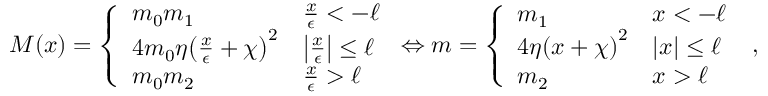
M ( x ) = \left\{ \begin{array} { l l } { m _ { 0 } m _ { 1 } } & { \frac { x } { \epsilon } < - \ell } \\ { 4 m _ { 0 } \eta { \left( \frac { x } { \epsilon } + \chi \right) } ^ { 2 } } & { \left| \frac { x } { \epsilon } \right| \leq \ell } \\ { m _ { 0 } m _ { 2 } } & { \frac { x } { \epsilon } > \ell } \end{array} \right. \Leftrightarrow m = \left\{ \begin{array} { l l } { m _ { 1 } } & { x < - \ell } \\ { 4 \eta { \left( x + \chi \right) } ^ { 2 } } & { \left| x \right| \leq \ell } \\ { m _ { 2 } } & { x > \ell } \end{array} \right. \; ,